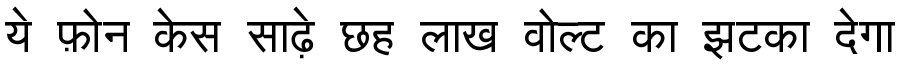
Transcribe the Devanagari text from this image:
ये फ़ोन केस साढ़े छह लाख वोल्ट का झटका देगा